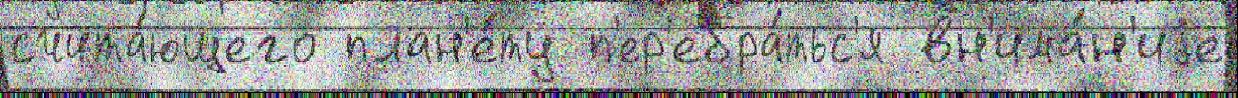
счита́ющего план'е́ту п'ер'ебра́тьс'я вн'има́н'иjе